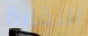
النقابة